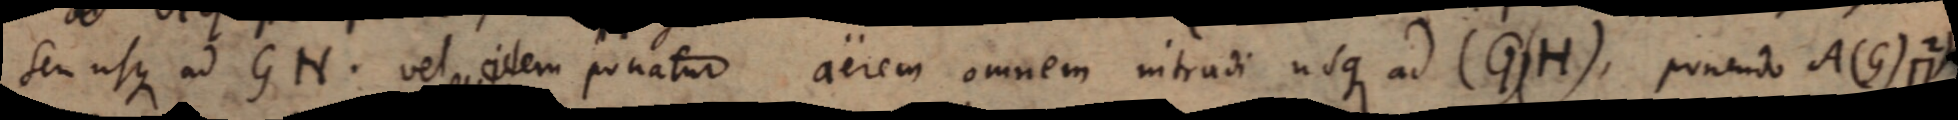
seu usque ad GH vel item ponatur aerem omnem intrudi usque ad (G)(H), ponendo A(G) ⊓